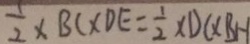
\frac { 1 } { 2 } \times B C \times D E = \frac { 1 } { 2 } \times D C \times B H